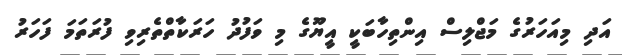
އަދި މިއަހަރުގެ މަޖްލިސް އިންތިހާބަކީ އީޔޫގެ މި ވަފުދު ހަރަކާތްތެރިވި ފުރަތަމަ ފަހަރު